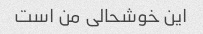
این خوشحالی من است